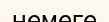
немеге